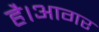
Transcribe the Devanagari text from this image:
है।आगर